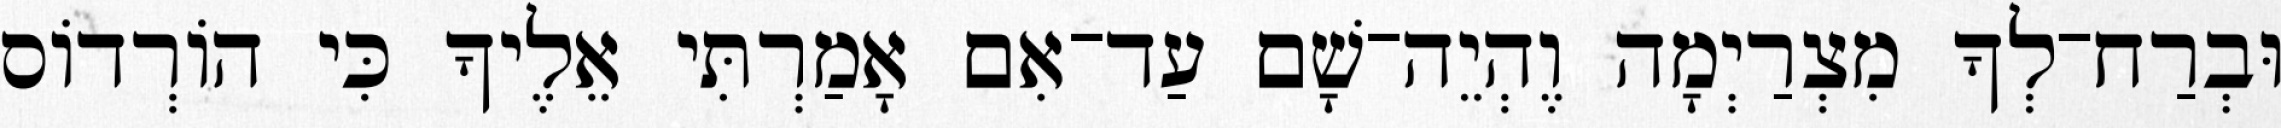
וּבְרַח־לְךָ מִצְרַיְמָה וֶהְיֵה־שָׁם עַד־אִם אָמַרְתִּי אֵלֶיךָ כִּי הוֹרְדוֹס